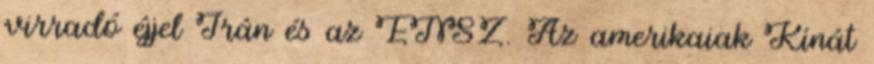
virradó éjjel Irán és az ENSZ. Az amerikaiak Kínát